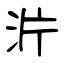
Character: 沜